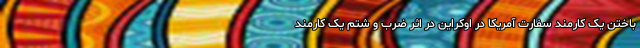
باختن یک کارمند سفارت آمریکا در اوکراین در اثر ضرب و شتم یک کارمند